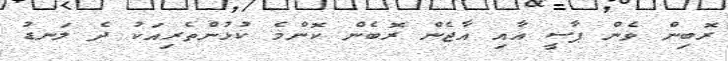
ރޮބިން ވެން ޕާސީ އާއި އާޖެން ރޮބެން ކޮންމެ ކުޅުންތެރިއަކު ދެ ލަނޑު